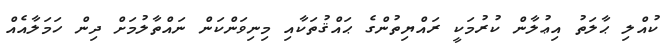
ކުއްލި ޙާލަތު އިޢުލާން ކުރުމަކީ ރައްޔިތުންގެ ޙައްޤުތަކާއި މިނިވަންކަން ނައްތާލުމަށް ދިން ހަމަލާއެއް